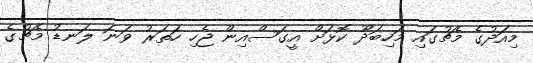
މިއަދުގެ މެޗުގައި މަހިބަދޫ ކޮޅަށް އީގަސްއިން ޖެހި ހަތަރު ވަނަ ލަނޑު މެޗުގެ